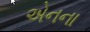
એનના